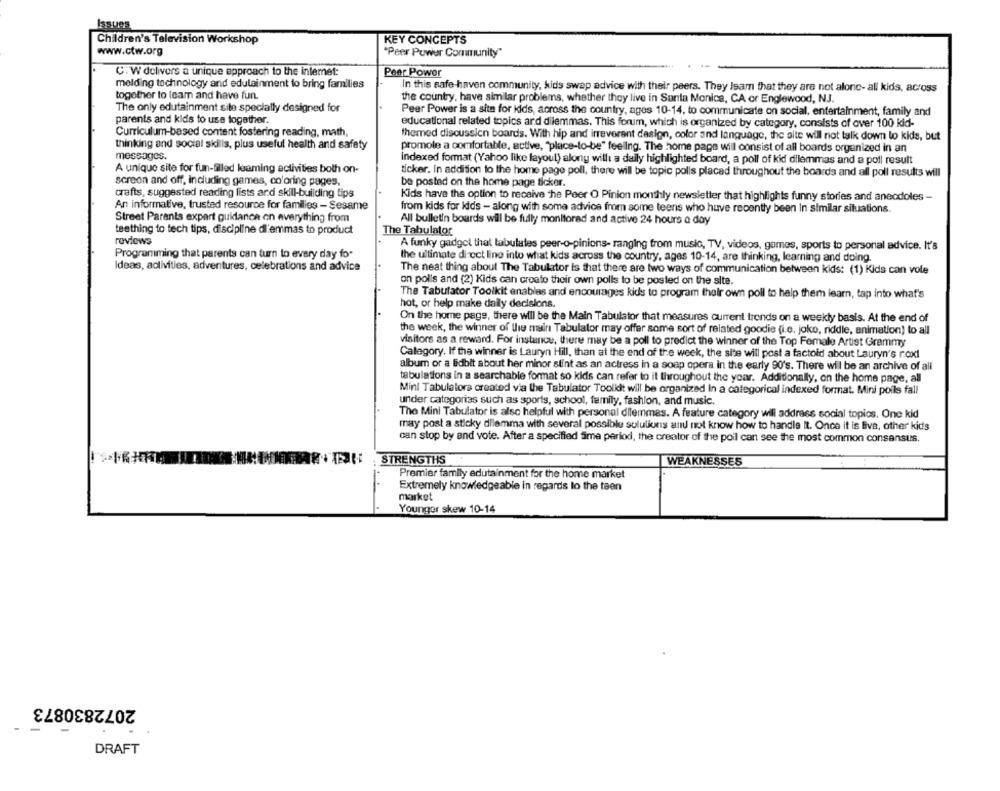
Issues
Children's Television Workshop
KEY CONCEPTS
www.ctw.org
"Peer Puwer Community"
C. W delivers a unique approach to the intemet:
Peer Power
melding technology and edutainment to bring families
In this safe haven community, kids swap advice with their peers. They Isam that they are not alone- all kids, across
together to learn and have fun.
the country, have similar problems, whether they live in Santa Monica, CA or Englewood, NJ.
The only edutainment site specially designed for
Peer Power is a site for kids, across the country, ages 10-14, to communicate on social, entertainment, family and
parents and kids to use together.
educational related topics ard dilemmas. This forum, which is organized by category, consists of over 100 kid-
Curriculum-based content fostering reading, math,
themed discussion boards. With hip and irreverent design, color and language, the alte will not talk down to kids, but
thinking and social skills, plus useful health and safety
promole a comfortable, active, "place-to-be" feeling. The home page will consist of all boards organized in an
messages.
Indexed format (Yahoo like layout) alony will: a daily highlighted board, a poll of kid dilemmas and a poll result
A unique site for fun-filled leaming activities both on-
ticker. In addition to the home page poll, there will be topic polls placed throughout the boards and all poll results will
screon and off, including games, coloring pages,
be posted on the home page ticker.
crafts, suggested reading lists and skill-building tips
Kids have the option to receive the Peer O Pinion monthly newsletter that highlights funny stories and anecdoles -
An informative, trusted resource for families - Sesame
from kids for kids - along with some advice from some teens who have recently been In similar situations.
Street Parants expert guidance on everything from
All bulletin boards will be fully monitorad and active 24 hours a day
teething to tech tips, discipline di'emmas to product
The Tabulator
reviews
A funky gadget thal tabulales peer-o-pinions- ranging from music, TV, videos, gomes, sports to personal advice. It's
Programming that parents can turn to every day for
the ultimate direct line into what kids across the country, ages 10-14, are thinking, learning and doing.
Ideas, activities, adventures, celebrations and advice
The neat thing about The Tabulator Is that there are two ways of communication between kids: (1) Kids can vole
on polls and (2) Kids can croato their own polls to be posted on the site.
The Tabulator Toolkit enables and encourages kids to program their own poll to help them learn, tap into what's
hot, or help make daily decisions.
On the home page, there will be the Main Tabulator that measures current trends on a weekly basis. At the end of
the week, the winner of the main Tabulator may offer some sort of related goodie (i.e. joke, riddle, animation) to all
visitors as a reward. For instance, there may be a poll to predict the winner of the Top Female Artist Grammy
Category. If the winner is Lauryn Hill, than at the end of the week, the site will post a factoid about Lauryn's rox!
album or a lidbit about her minor stint as an actress in a soap opera in the early 90's. There will be an archive of all
tabulations in a searchable format so kids can refer to it throughout the year. Additionally, on the home page, all
Minl Tabulatora created via the Tabulator Toolkit will be organized In a categorical indexed format. Mini poils fall
under categorias such as sports, school, family, fashion, and music.
The Mini Tabulator is also helpful with personal dilemmas. A feature category will address social topics. One kid
may post a sticky dilemma with several possible solutions and not know how to handle It. Once it is live, other kids
can stop by and vote. After a specified Sime period, the creator of the poil can see the most common consansus.
: STRENGTHS
WEAKNESSES
Premier family edutainment for the home market
Extremely knowledgeable in regards to the taen
market
Younger skew 10-14
2072830873
DRAFT